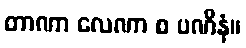
တာဏာ လေဏာ စ ပဏိနံ။